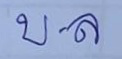
บ . ล